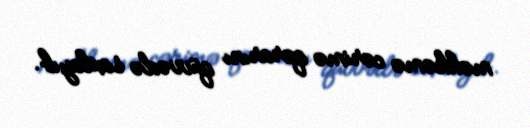
məhkəmə cərimə qərarını qüvvədə saxlayıb.